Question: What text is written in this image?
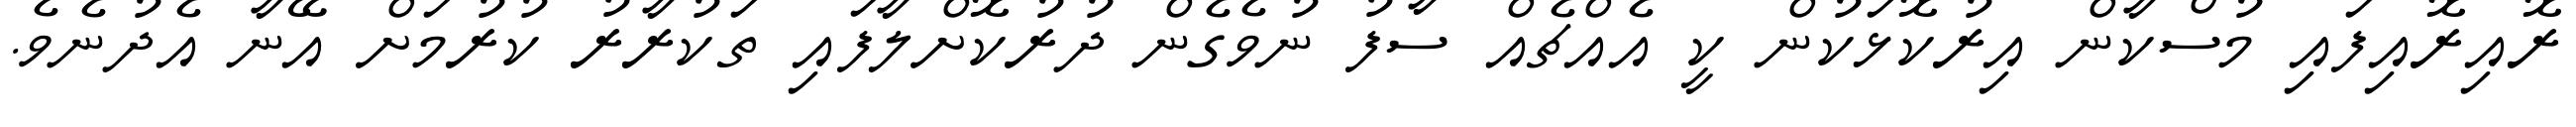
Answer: ރޮއިރޮއިފައި މުސްކާން އިރުކޮޅަކުން ކީ އެއްޗެއް ސާފު ނުވެގެން ދުރުކޮށްލާފައި ތަކުރާރު ކުރުމަށް އޭނާ އެދުނެވެ.